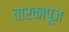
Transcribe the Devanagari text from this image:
तारकापूंज